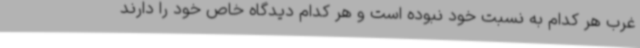
غرب هر کدام به نسبت خود نبوده است و هر کدام دیدگاه خاص خود را دارند